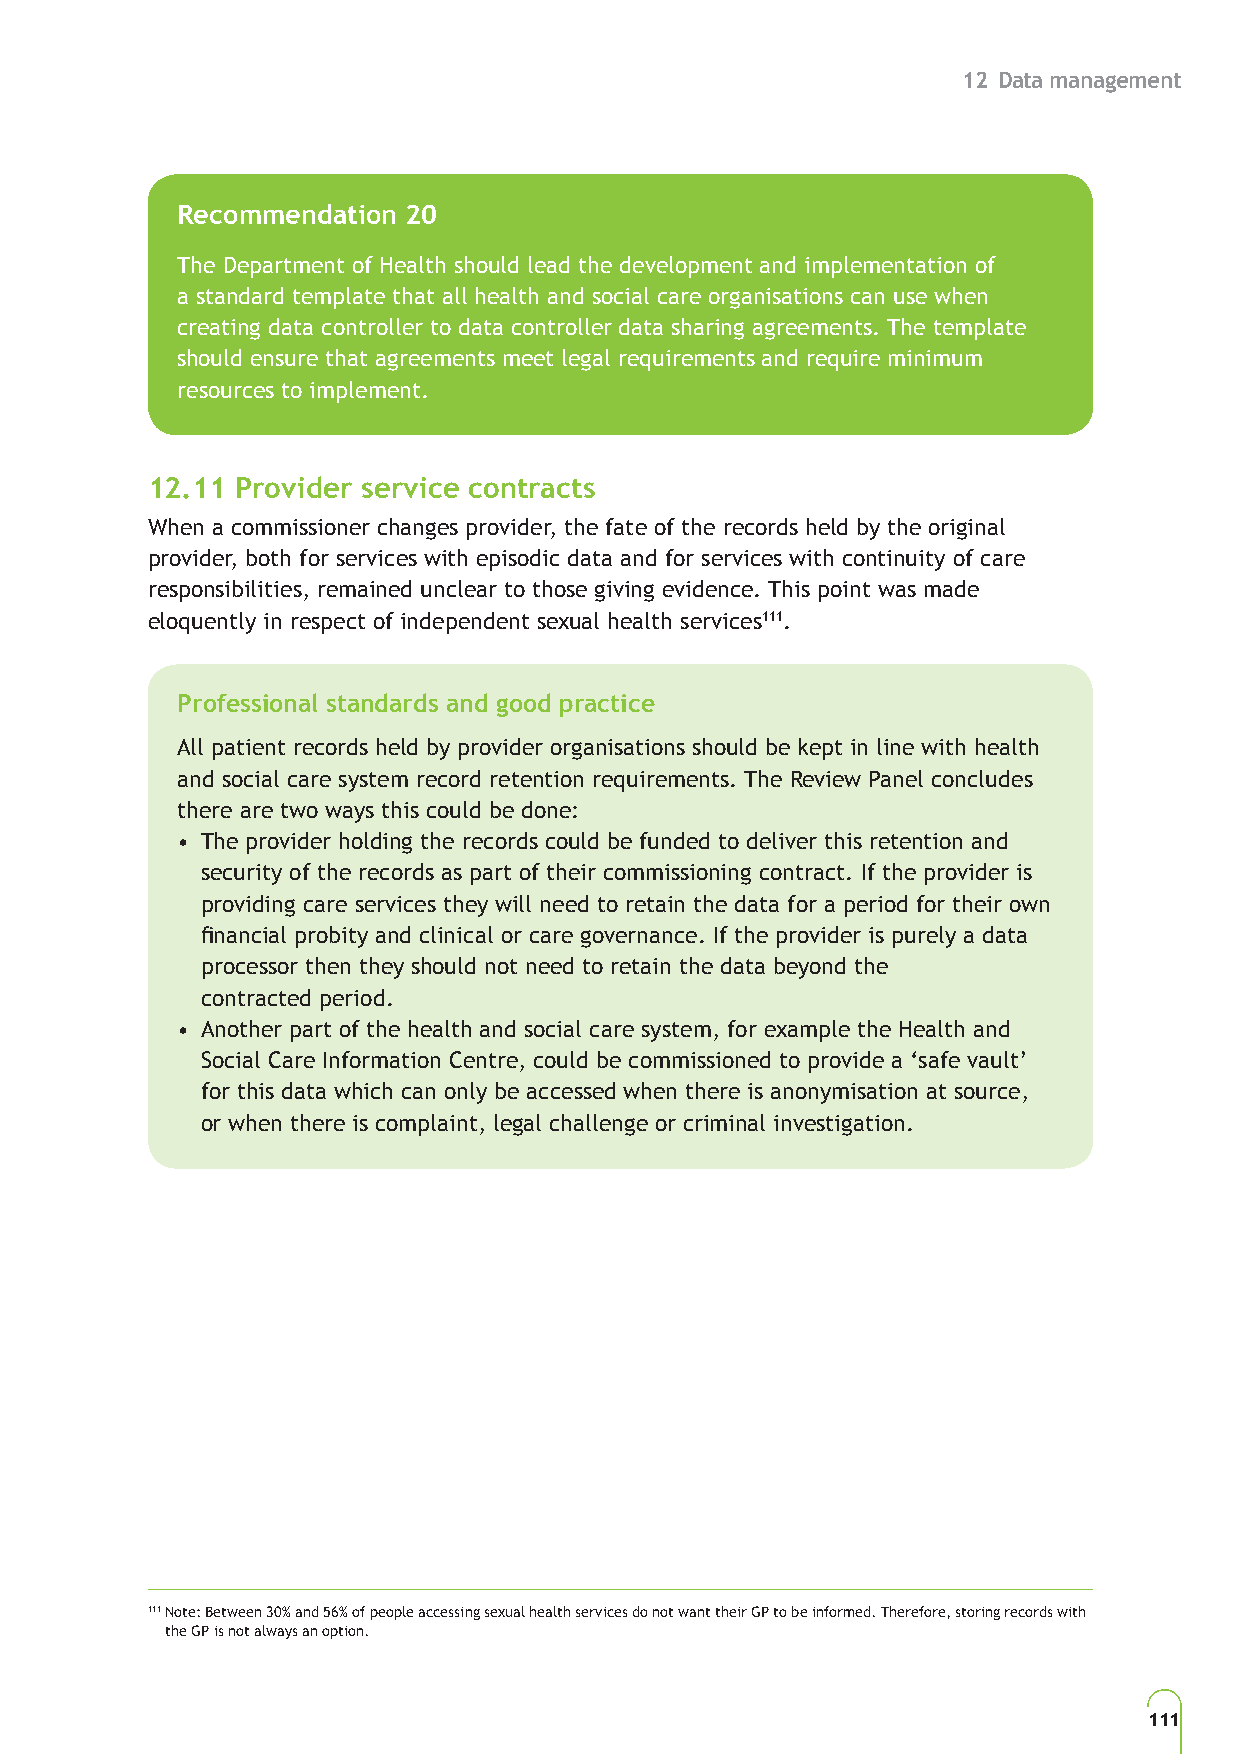
12 Data management
 Recommendation 20
 The Department of Health should lead the development and implementation of
 a standard template that all health and social care organisations can use when
 creating data controller to data controller data sharing agreements. The template
 should ensure that agreements meet legal requirements and require minimum
 resources to implement.
 12.11 Provider service contracts
 When a commissioner changes provider, the fate of the records held by the original
 provider, both for services with episodic data and for services with continuity of care
 responsibilities, remained unclear to those giving evidence. This point was made
 eloquently in respect of independent sexual health services111.
 Professional standards and good practice
 All patient records held by provider organisations should be kept in line with health
 and social care system record retention requirements. The Review Panel concludes
 there are two ways this could be done:
 • The provider holding the records could be funded to deliver this retention and
 security of the records as part of their commissioning contract. If the provider is
 providing care services they will need to retain the data for a period for their own
 financial probity and clinical or care governance. If the provider is purely a data
 processor then they should not need to retain the data beyond the
 contracted period.
 • Another part of the health and social care system, for example the Health and
 Social Care Information Centre, could be commissioned to provide a ‘safe vault’
 for this data which can only be accessed when there is anonymisation at source,
 or when there is complaint, legal challenge or criminal investigation.
 111 Note: Between 30% and 56% of people accessing sexual health services do not want their GP to be informed. Therefore, storing records with
 the GP is not always an option.
 111